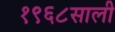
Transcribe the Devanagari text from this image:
१९६८साली